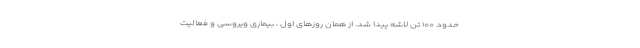
حدود ۱۰۰ تن لاشه پیدا شد. از همان روزهای اول ، بیماری ویروسی و فعالیت